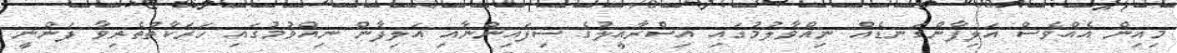
މިއިން އެއްވެސް އަލިފާންގަނޑެއް ނިއްވާލުމުގައި އިސްރާއީލުގެ ސިފައިންނާއި އަލިފާން ނިއްވުމުގައި ހަރަކާތްތެރިވާ ފަންނީ